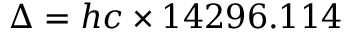
\Delta = h c \times 1 4 2 9 6 . 1 1 4